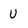
Character: U